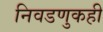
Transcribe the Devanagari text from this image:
निवडणुकही